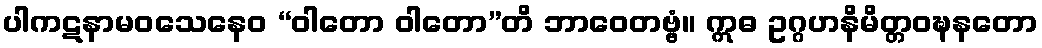
ပါကဋနာမဝသေနေဝ “ဝါတော ဝါတော”တိ ဘာဝေတဗ္ဗံ။ ဣဓ ဥဂ္ဂဟနိမိတ္တဝဍ္ဎနတော